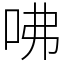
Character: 咈